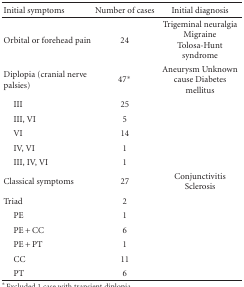
<table><thead><tr><td><b>Initial symptoms</b></td><td><b>Number of cases</b></td><td><b>Initial diagnosis</b></td></tr></thead><tbody><tr><td>Orbital or forehead pain</td><td>24</td><td>Trigeminal neuralgia Migraine Tolosa-Hunt syndrome</td></tr><tr><td>Diplopia (cranial nerve palsies)</td><td>47*</td><td>Aneurysm Unknown cause Diabetes mellitus</td></tr><tr><td> III</td><td>25</td><td>[EMPTY_CELL]</td></tr><tr><td> III, VI</td><td>5</td><td>[EMPTY_CELL]</td></tr><tr><td> VI</td><td>14</td><td>[EMPTY_CELL]</td></tr><tr><td> IV, VI</td><td>1</td><td>[EMPTY_CELL]</td></tr><tr><td> III, IV, VI</td><td>1</td><td>[EMPTY_CELL]</td></tr><tr><td>Classical symptoms</td><td>27</td><td>Conjunctivitis Sclerosis</td></tr><tr><td>Triad</td><td>2</td><td>[EMPTY_CELL]</td></tr><tr><td> PE</td><td>1</td><td>[EMPTY_CELL]</td></tr><tr><td> PE + CC</td><td>6</td><td>[EMPTY_CELL]</td></tr><tr><td> PE + PT</td><td>1</td><td>[EMPTY_CELL]</td></tr><tr><td> CC</td><td>11</td><td>[EMPTY_CELL]</td></tr><tr><td> PT</td><td>6</td><td>[EMPTY_CELL]</td></tr></tbody></table>